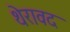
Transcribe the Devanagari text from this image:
थेरावद